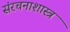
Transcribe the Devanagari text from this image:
संरचनाशास्त्र